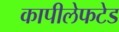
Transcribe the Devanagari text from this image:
कापीलेफटेड